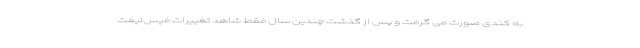
به کندی صورت می گرفت و پس از گذشت چندین سال فقط شاهد تغییرات فیس‌لیفت